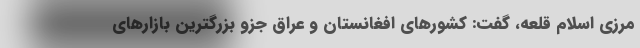
مرزی اسلام قلعه، گفت: کشورهای افغانستان و عراق جزو بزرگترین بازارهای